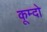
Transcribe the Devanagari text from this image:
कूम्दो